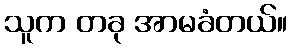
သူက တခု အာမခံတယ်။